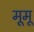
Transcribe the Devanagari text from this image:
मूमू